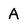
Character: A